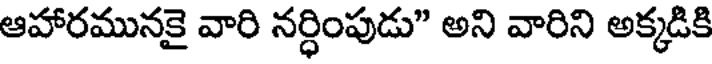
ఆహారమునకై వారి నర్ధింపుడు" అని వారిని అక్కడికి